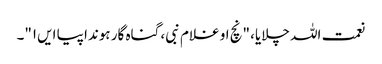
نعمت اللہ چلایا، "نچ او غلام نبی، گناہ گار ہوندا پیا ایں۱"۔